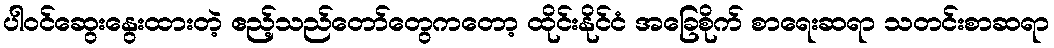
ပါဝင်ဆွေးနွေးထားတဲ့ ဧည့်သည်တော်တွေကတော့ ထိုင်းနိုင်ငံ အခြေစိုက် စာရေးဆရာ သတင်းစာဆရာ